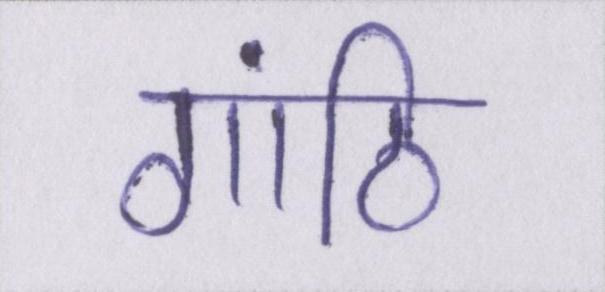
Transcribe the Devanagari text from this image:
गांठि